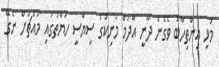
މުޅި އިންތިހާބު ވެގެން ދާނީ އާދަމް މަނިކުގެ ސިޔާސީ ހަޔާތުގައި މައްޗަށް ނެގޭ